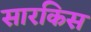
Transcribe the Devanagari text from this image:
सारकिस